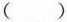
( )